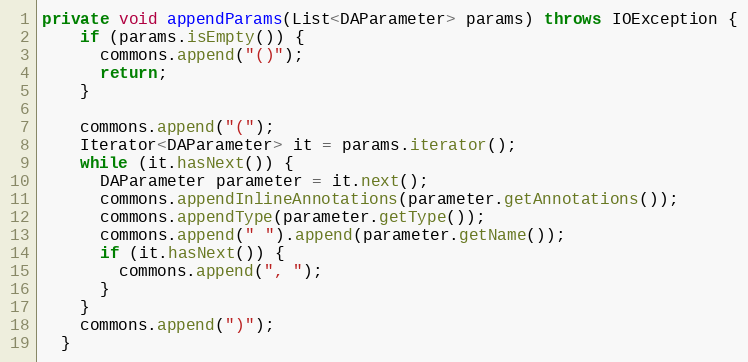
Language: Java
private void appendParams(List<DAParameter> params) throws IOException {
    if (params.isEmpty()) {
      commons.append("()");
      return;
    }

    commons.append("(");
    Iterator<DAParameter> it = params.iterator();
    while (it.hasNext()) {
      DAParameter parameter = it.next();
      commons.appendInlineAnnotations(parameter.getAnnotations());
      commons.appendType(parameter.getType());
      commons.append(" ").append(parameter.getName());
      if (it.hasNext()) {
        commons.append(", ");
      }
    }
    commons.append(")");
  }